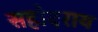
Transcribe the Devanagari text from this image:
सहोदराय